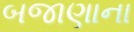
બજાણાના